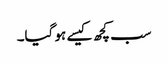
سب کچھ کیسے ہو گیا۔